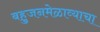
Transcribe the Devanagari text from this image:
बहुजनमेळाव्याचा